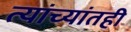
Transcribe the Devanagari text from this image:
त्यांच्यांतही